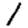
Digit: 1